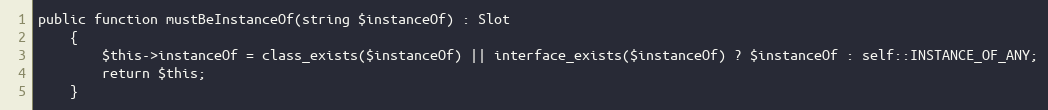
Language: PHP
public function mustBeInstanceOf(string $instanceOf) : Slot
    {
        $this->instanceOf = class_exists($instanceOf) || interface_exists($instanceOf) ? $instanceOf : self::INSTANCE_OF_ANY;
        return $this;
    }